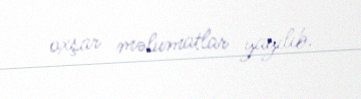
oxşar məlumatlar yayılıb.